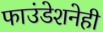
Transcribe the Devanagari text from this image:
फाउंडेशनेही